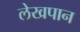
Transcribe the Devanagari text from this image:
लेखपान